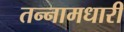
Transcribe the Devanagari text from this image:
तन्नामधारी